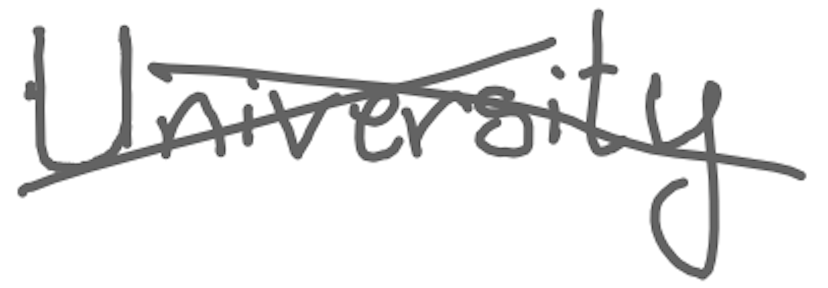
Text: University
Cross-out: cross
Writing tool: digital_gray